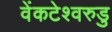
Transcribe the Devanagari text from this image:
वेंकटेश्वरुडु